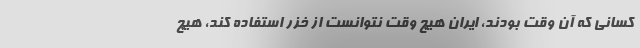
کسانی که آن وقت بودند، ایران هیچ وقت نتوانست از خزر استفاده کند، هیچ